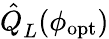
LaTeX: \hat{Q}_{L}^{}(\phi_{\mathrm{opt}})